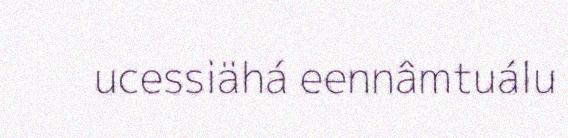
ucessiähá eennâmtuálu